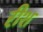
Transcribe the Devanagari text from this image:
रीश